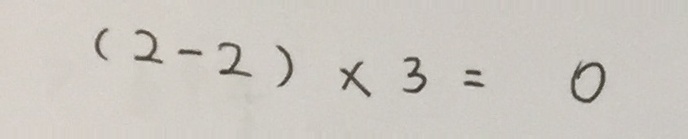
( 2 - 2 ) \times 3 = 0